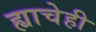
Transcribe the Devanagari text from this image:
ह्याचेही